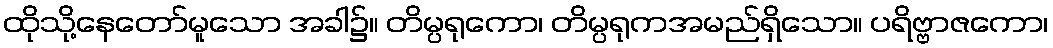
ထိုသို့နေတော်မူသော အခါ၌။ တိမ္ပရုကော၊ တိမ္ပရုကအမည်ရှိသော။ ပရိဗ္ဗာဇကော၊